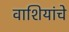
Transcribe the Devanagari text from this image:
वाशियांचे